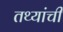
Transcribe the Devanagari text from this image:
तथ्यांची